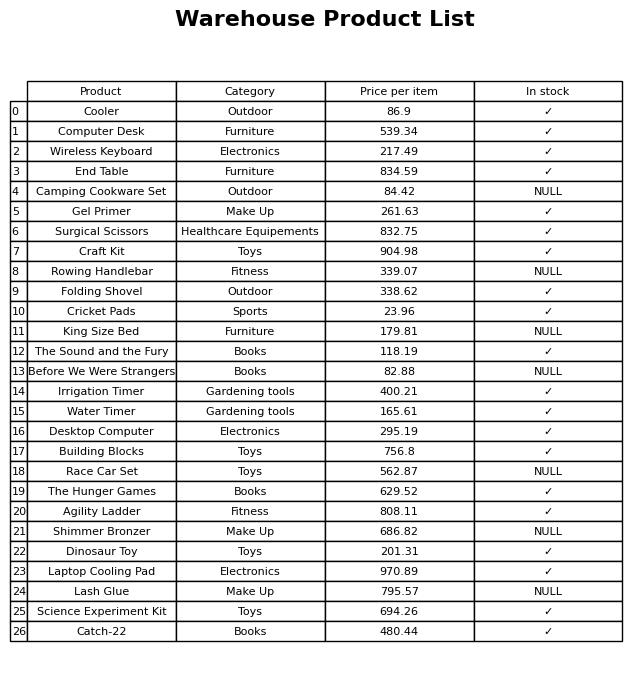
question: Which products are available in stock?
answer: Cooler, Computer Desk, Wireless Keyboard, End Table, Gel Primer, Surgical Scissors, Craft Kit, Folding Shovel, Cricket Pads, The Sound and the Fury, Irrigation Timer, Water Timer, Desktop Computer, Building Blocks, The Hunger Games, Agility Ladder, Dinosaur Toy, Laptop Cooling Pad, Science Experiment Kit, Catch-22